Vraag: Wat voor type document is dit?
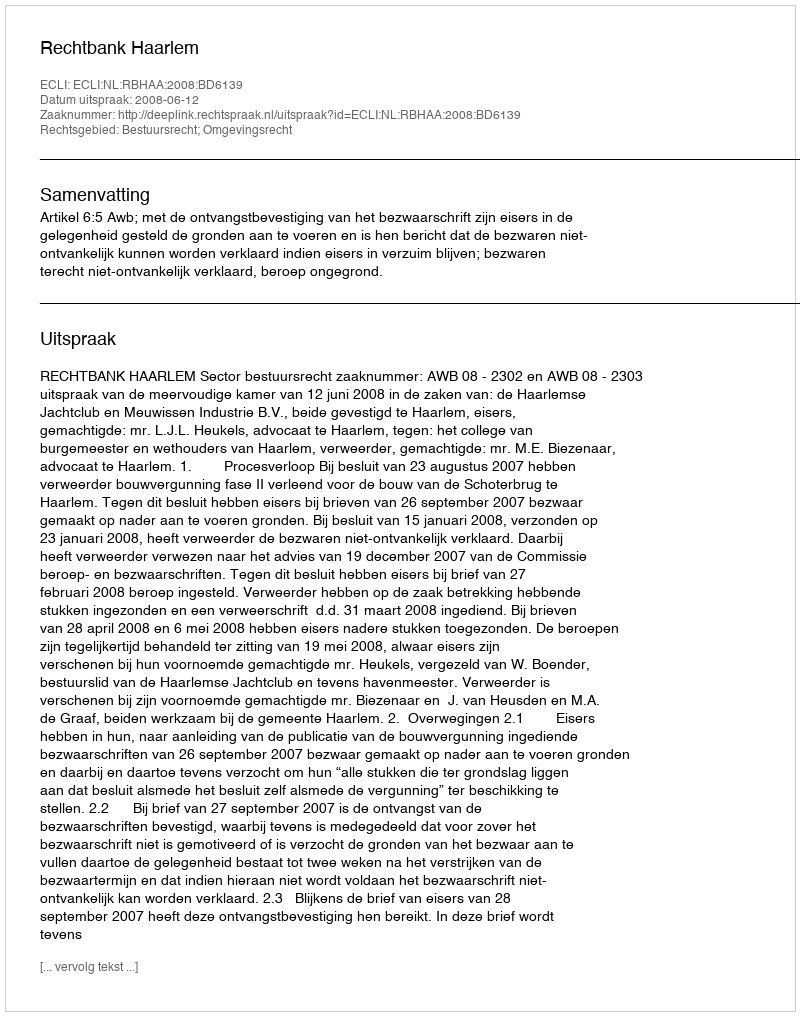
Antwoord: Uitspraak